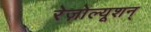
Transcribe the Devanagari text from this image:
रेज़ोल्यूशन्